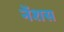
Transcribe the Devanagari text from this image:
नेंशस